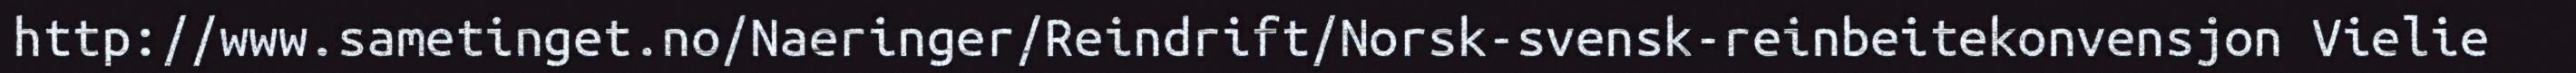
http://www.sametinget.no/Naeringer/Reindrift/Norsk-svensk-reinbeitekonvensjon Vielie